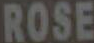
ROSE